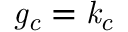
\mathit { g _ { c } = k _ { c } }